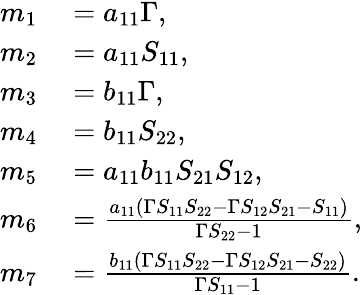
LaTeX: \begin{array}{rl}{m_{1}}&{{}=a_{11}\Gamma,}\\ {m_{2}}&{{}=a_{11}S_{11},}\\ {m_{3}}&{{}=b_{11}\Gamma,}\\ {m_{4}}&{{}=b_{11}S_{22},}\\ {m_{5}}&{{}=a_{11}b_{11}S_{21}S_{12},}\\ {m_{6}}&{{}=\frac{a_{11}\left(\Gamma S_{11}S_{22}-\Gamma S_{12}S_{21}-S_{11}\right)}{\Gamma S_{22}-1},}\\ {m_{7}}&{{}=\frac{b_{11}\left(\Gamma S_{11}S_{22}-\Gamma S_{12}S_{21}-S_{22}\right)}{\Gamma S_{11}-1}.}\end{array}